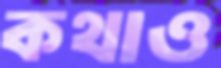
কথাও